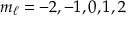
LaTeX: m _ { \ell } = - 2 , - 1 , 0 , 1 , 2